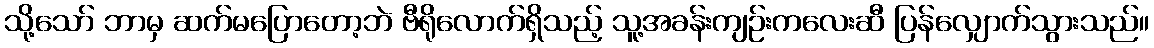
သို့သော် ဘာမှ ဆက်မပြောတော့ဘဲ ဗီရိုလောက်ရှိသည့် သူ့အခန်းကျဉ်းကလေးဆီ ပြန်လျှောက်သွားသည်။